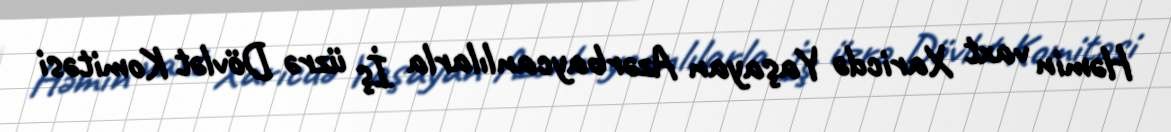
Həmin vaxt Xaricdə Yaşayan Azərbaycanlılarla İş üzrə Dövlət Komitəsi